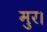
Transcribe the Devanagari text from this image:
मुर।